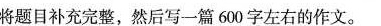
将题目补充完整，然后写一篇600字左右的作文。